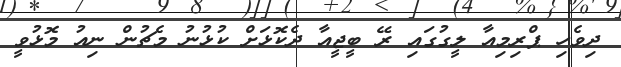
ދިވެހި ޕްރިމިއާ ލީގުގައި ރޭ ބީޖީއާ ދެކޮޅަށް ކުޅުނު މެޗުން ނިއު މޮޅުވީ